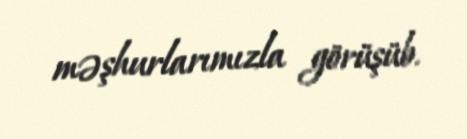
məşhurlarımızla görüşüb.